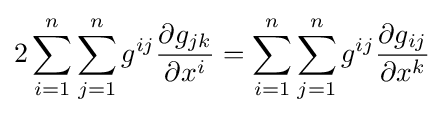
2\sum _{i=1}^{n}\sum _{j=1}^{n}g^{ij}{\frac {\partial g_{jk}}{\partial x^{i}}}=\sum _{i=1}^{n}\sum _{j=1}^{n}g^{ij}{\frac {\partial g_{ij}}{\partial x^{k}}}